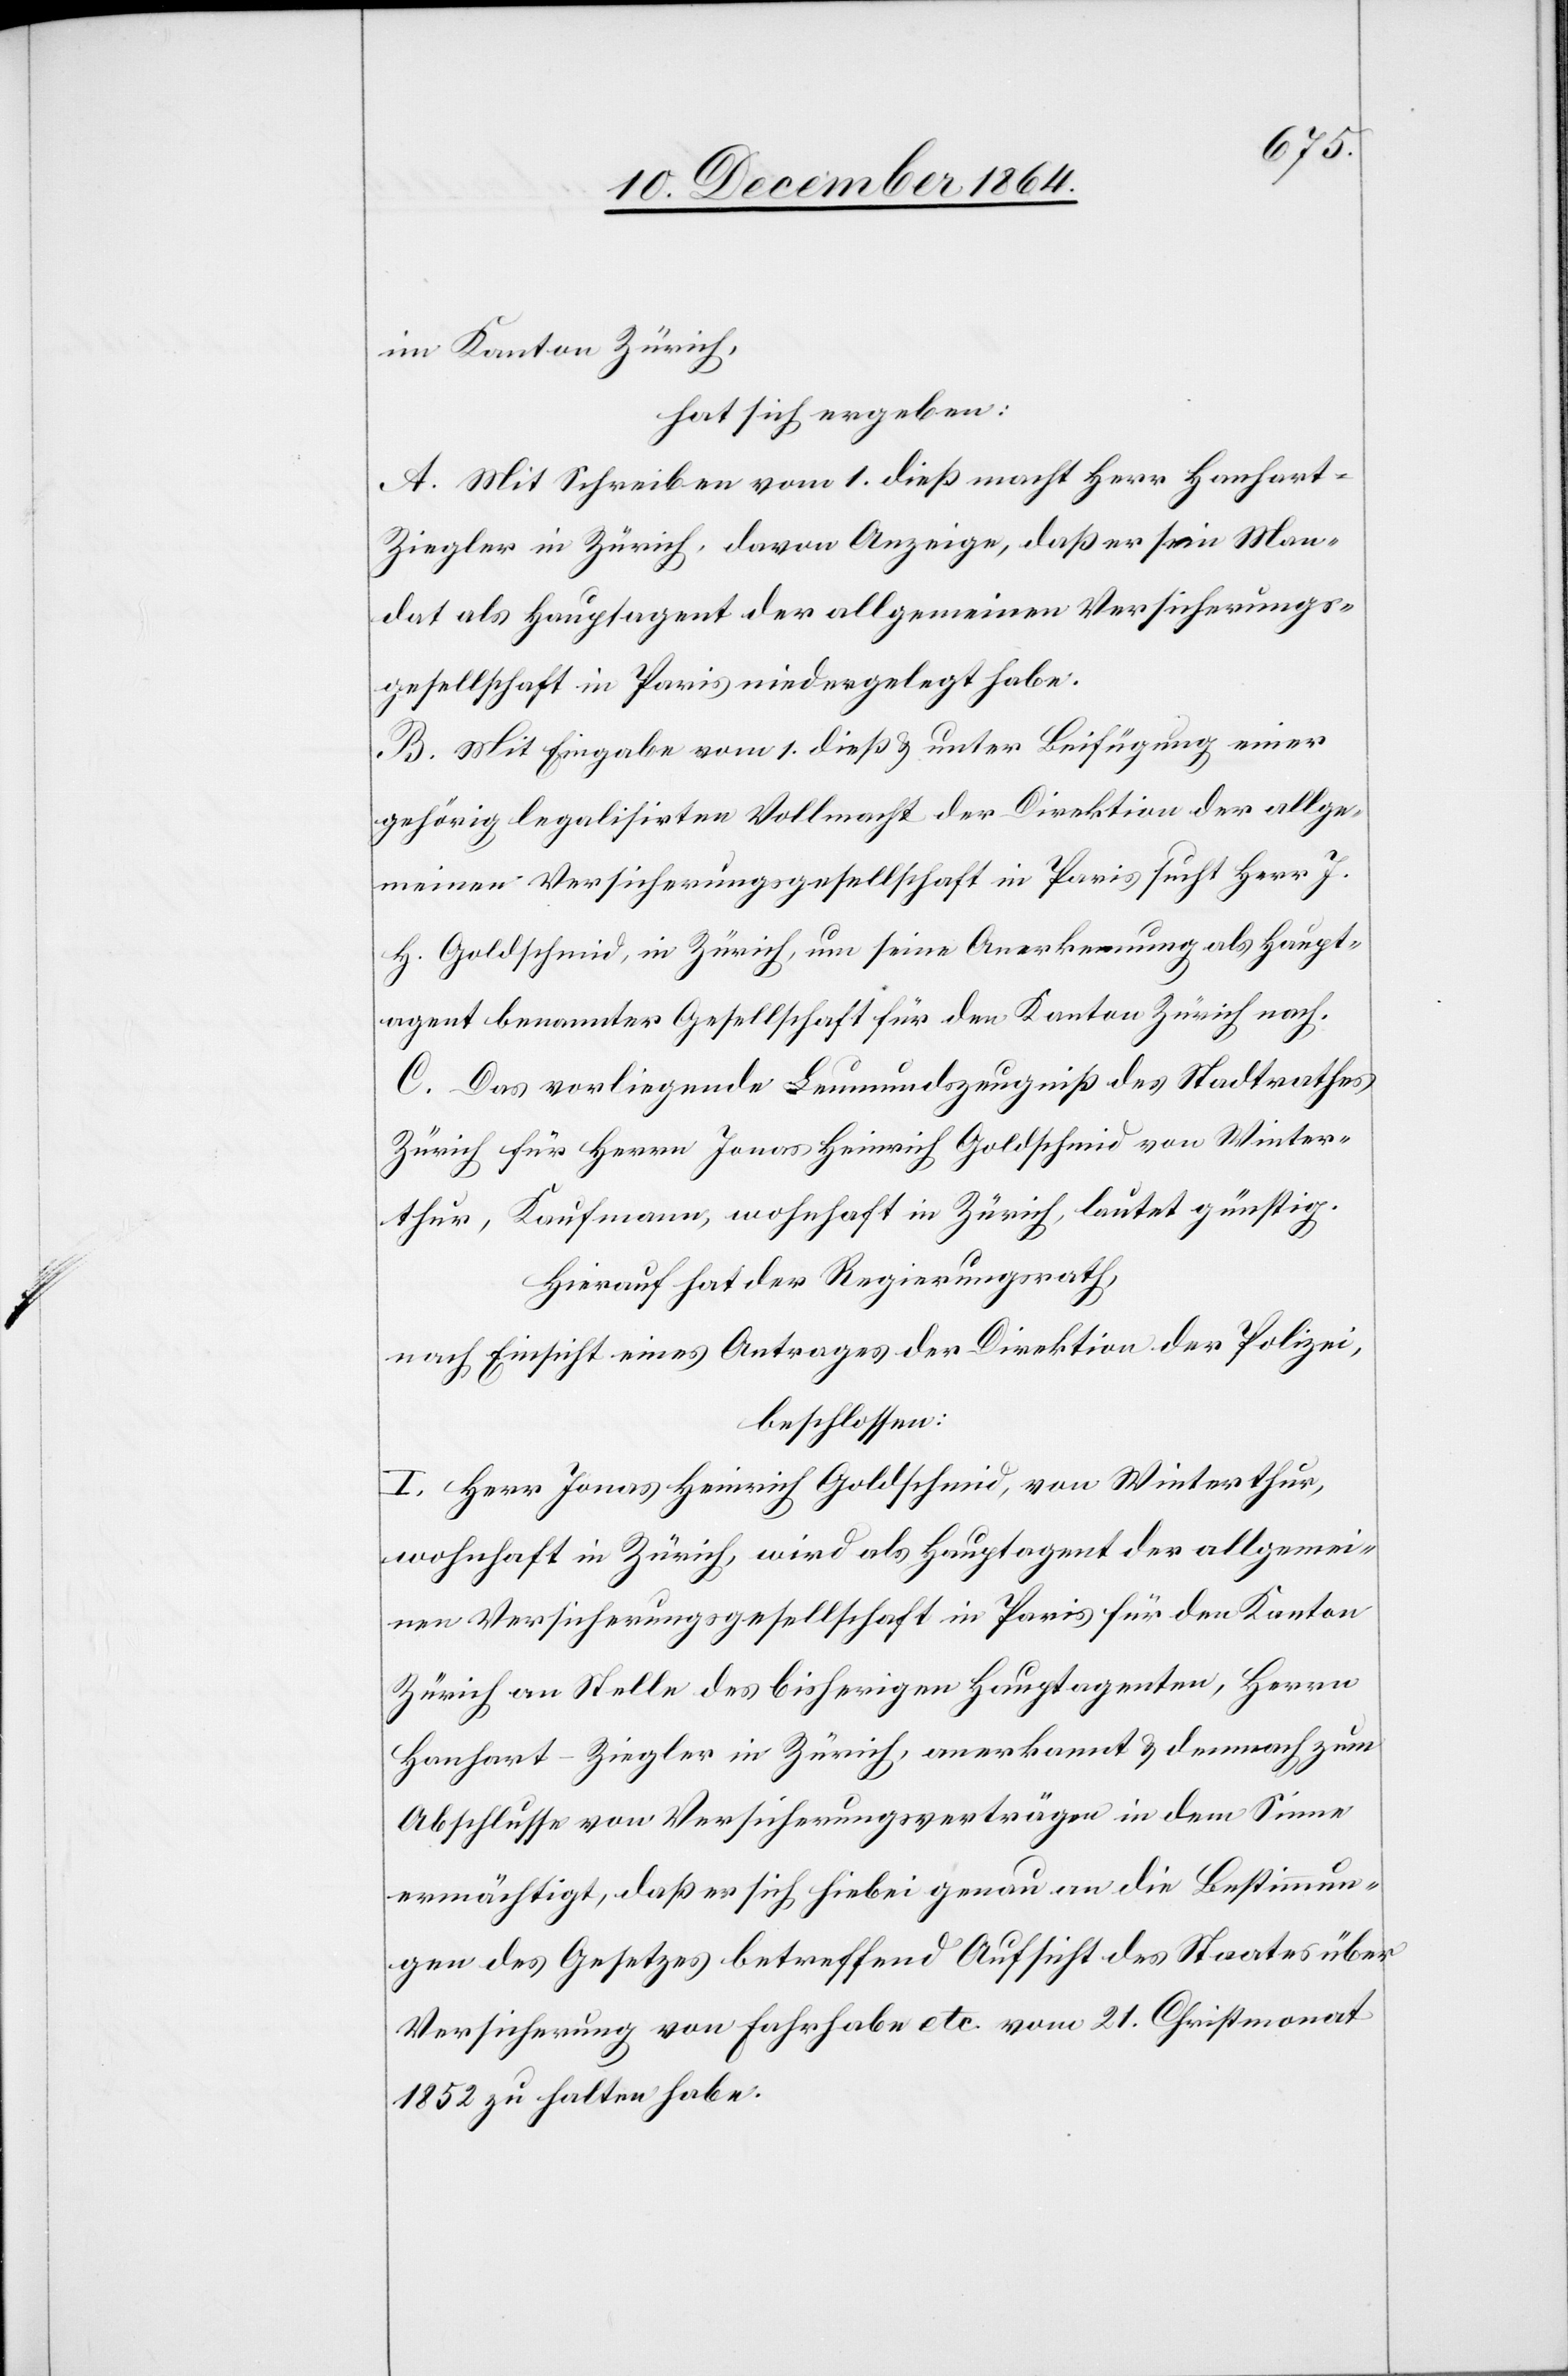
im Kanton Zürich,
hat sich ergeben:
A. Mit Schreiben vom 1. dieß macht Herr Hanhar¬
t-Ziegler in Zürich, davon Anzeige, daß er sein Man¬
dat als Hauptagent der allgemeinen Versicherungs¬
gesellschaft in Paris niedergelegt habe.
B. Mit Eingabe vom 1. dieß & unter Beifügung einer
gehörig legalisirten Vollmacht der Direktion der allge¬
meinen Versicherungsgesellschaft in Paris sucht Herr J.
H. Goldschmid, in Zürich, um seine Anerkennung als Haupt¬
agent benannter Gesellschaft für den Kanton Zürich nach.
C. Das vorliegende Leumundszeugniß des Stadtrathes
Zürich für Herrn Jonas Heinrich Goldschmid von Winter¬
thur, Kaufmann, wohnhaft in Zürich, lautet günstig.
Hierauf hat der Regierungsrath,
nach Einsicht eines Antrages der Direktion der Polizei,
beschlossen:
I. Herr Jonas Heinrich Goldschmid, von Winterthur,
wohnhaft in Zürich, wird als Hauptagent der allgemei¬
nen Versicherungsgesellschaft in Paris für den Kanton
Zürich an Stelle des bisherigen Hauptagenten, Herrn
Hanhart-Ziegler in Zürich, anerkannt & demnach zum
Abschlusse von Versicherungsverträgen in dem Sinne
ermächtig, daß er sich hiebei genau an die Bestimmun¬
gen des Gesetzes betreffend Aufsicht des Staates über
Versicherung von Fahrhabe etc. vom 21. Christmonat
1852 zu halten habe.